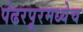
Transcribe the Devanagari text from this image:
पंढरपूरमध्येच